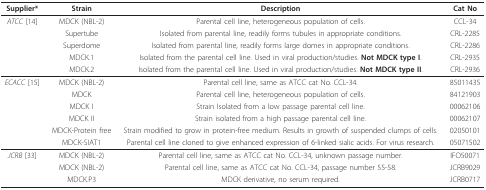
<table><thead><tr><td><b>Supplier*</b></td><td><b>Strain</b></td><td><b>Description</b></td><td><b>Cat No</b></td></tr></thead><tbody><tr><td><i>ATCC </i>[14]</td><td>MDCK (NBL-2)</td><td>Parental cell line, heterogeneous population of cells.</td><td>CCL-34</td></tr><tr><td></td><td>Supertube</td><td>Isolated from parental line, readily forms tubules in appropriate conditions.</td><td>CRL-2285</td></tr><tr><td></td><td>Superdome</td><td>Isolated from parental line, readily forms large domes in appropriate conditions.</td><td>CRL-2286</td></tr><tr><td></td><td>MDCK.1</td><td>Isolated from the parental cell line. Used in viral production/studies. <b>Not MDCK type I</b>.</td><td>CRL-2935</td></tr><tr><td></td><td>MDCK.2</td><td>Isolated from the parental cell line. Used in viral production/studies. <b>Not MDCK type II</b>.</td><td>CRL-2936</td></tr><tr><td><i>ECACC </i>[15]</td><td>MDCK (NBL-2)</td><td>Parental cell line, same as ATCC cat No. CCL-34.</td><td>85011435</td></tr><tr><td></td><td>MDCK</td><td>Parental cell line, heterogeneous population of cells.</td><td>84121903</td></tr><tr><td></td><td>MDCK I</td><td>Strain Isolated from a low passage parental cell line.</td><td>00062106</td></tr><tr><td></td><td>MDCK II</td><td>Strain isolated from a high passage parental cell line.</td><td>00062107</td></tr><tr><td></td><td>MDCK-Protein free</td><td>Strain modified to grow in protein-free medium. Results in growth of suspended clumps of cells.</td><td>02050101</td></tr><tr><td></td><td>MDCK-SIAT1</td><td>Parental cell line cloned to give enhanced expression of 6-linked sialic acids. For virus research.</td><td>05071502</td></tr><tr><td><i>JCRB </i>[33]</td><td>MDCK (NBL-2)</td><td>Parental cell line, same as ATCC cat No. CCL-34, unknown passage number.</td><td>IFO50071</td></tr><tr><td></td><td>MDCK (NBL-2)</td><td>Parental cell line, same as ATCC cat No. CCL-34, passage number 55-58.</td><td>JCRB9029</td></tr><tr><td></td><td>MDCK.P3</td><td>MDCK derivative, no serum required.</td><td>JCRB0717</td></tr></tbody></table>